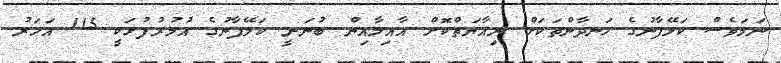
ނަމަވެސް ކަލޭފާނުގެ ހަނދާންތަކަށް ރިއާޔަތްކޮށް އާއިލާއިން ބުނަނީ ކަލޭފާނުގެ އުމުރުފުޅަކީ 115 އަހަރު